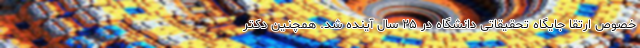
خصوص ارتقا جایگاه تحقیقاتی دانشگاه در ۲۵ سال آینده شد. همچنین دکتر